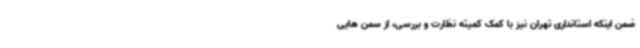
ضمن اینکه استانداری تهران نیز با کمک کمیته نظارت و بررسی، از سمن هایی